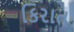
કિરાત